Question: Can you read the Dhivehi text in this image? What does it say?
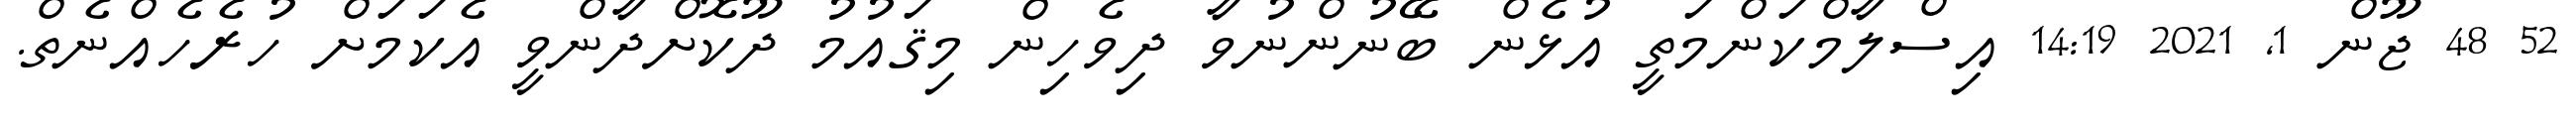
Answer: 52 48 ޖޫން 1, 2021 14:19 އިސްލާމްކަންމަތީ އުޅެން ބޭނުންނުވާ ދިވެހިން މިޤައުމު ދޫކޮށްދާންވީ އެކަމަށް ހުރެހެއްނެތް.